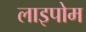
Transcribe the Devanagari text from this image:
लाइपोम